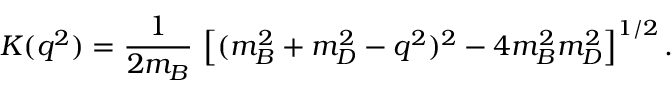
K ( q ^ { 2 } ) = { \frac { 1 } { 2 m _ { B } } } \, \left[ ( m _ { B } ^ { 2 } + m _ { D } ^ { 2 } - q ^ { 2 } ) ^ { 2 } - 4 m _ { B } ^ { 2 } m _ { D } ^ { 2 } \right] ^ { 1 / 2 } .